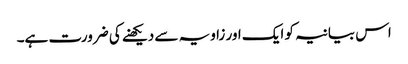
اس بیانیہ کو ایک اور زاویہ سے دیکھنے کی ضرورت ہے۔